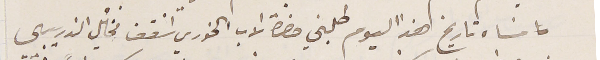
مسَاء تاريخ هذا اليوم طلبني حضرة الاب الخوري اسَقف مخأيل الذريبي